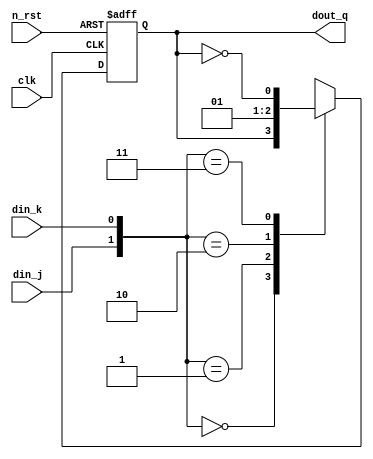
`timescale 1ns/10ps

module jk_ff(
    clk,
    n_rst,
    din_j,
    din_k,
    dout_q
);

input clk;
input n_rst;
input din_j;
input din_k;

output reg dout_q;

always @(posedge clk or negedge n_rst) begin
    if (!n_rst) begin
        dout_q <= 1'b0;
    end

    else begin
        case ({din_j, din_k})
            2'b00 : begin
                dout_q <= dout_q;
            end

            2'b01 : begin
                dout_q <= 1'b0;
            end

            2'b10 : begin
                dout_q <= 1'b1;
            end

            2'b11 : begin
                dout_q <= ~dout_q;
            end
        endcase
    end
end

endmodule